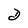
Character: D